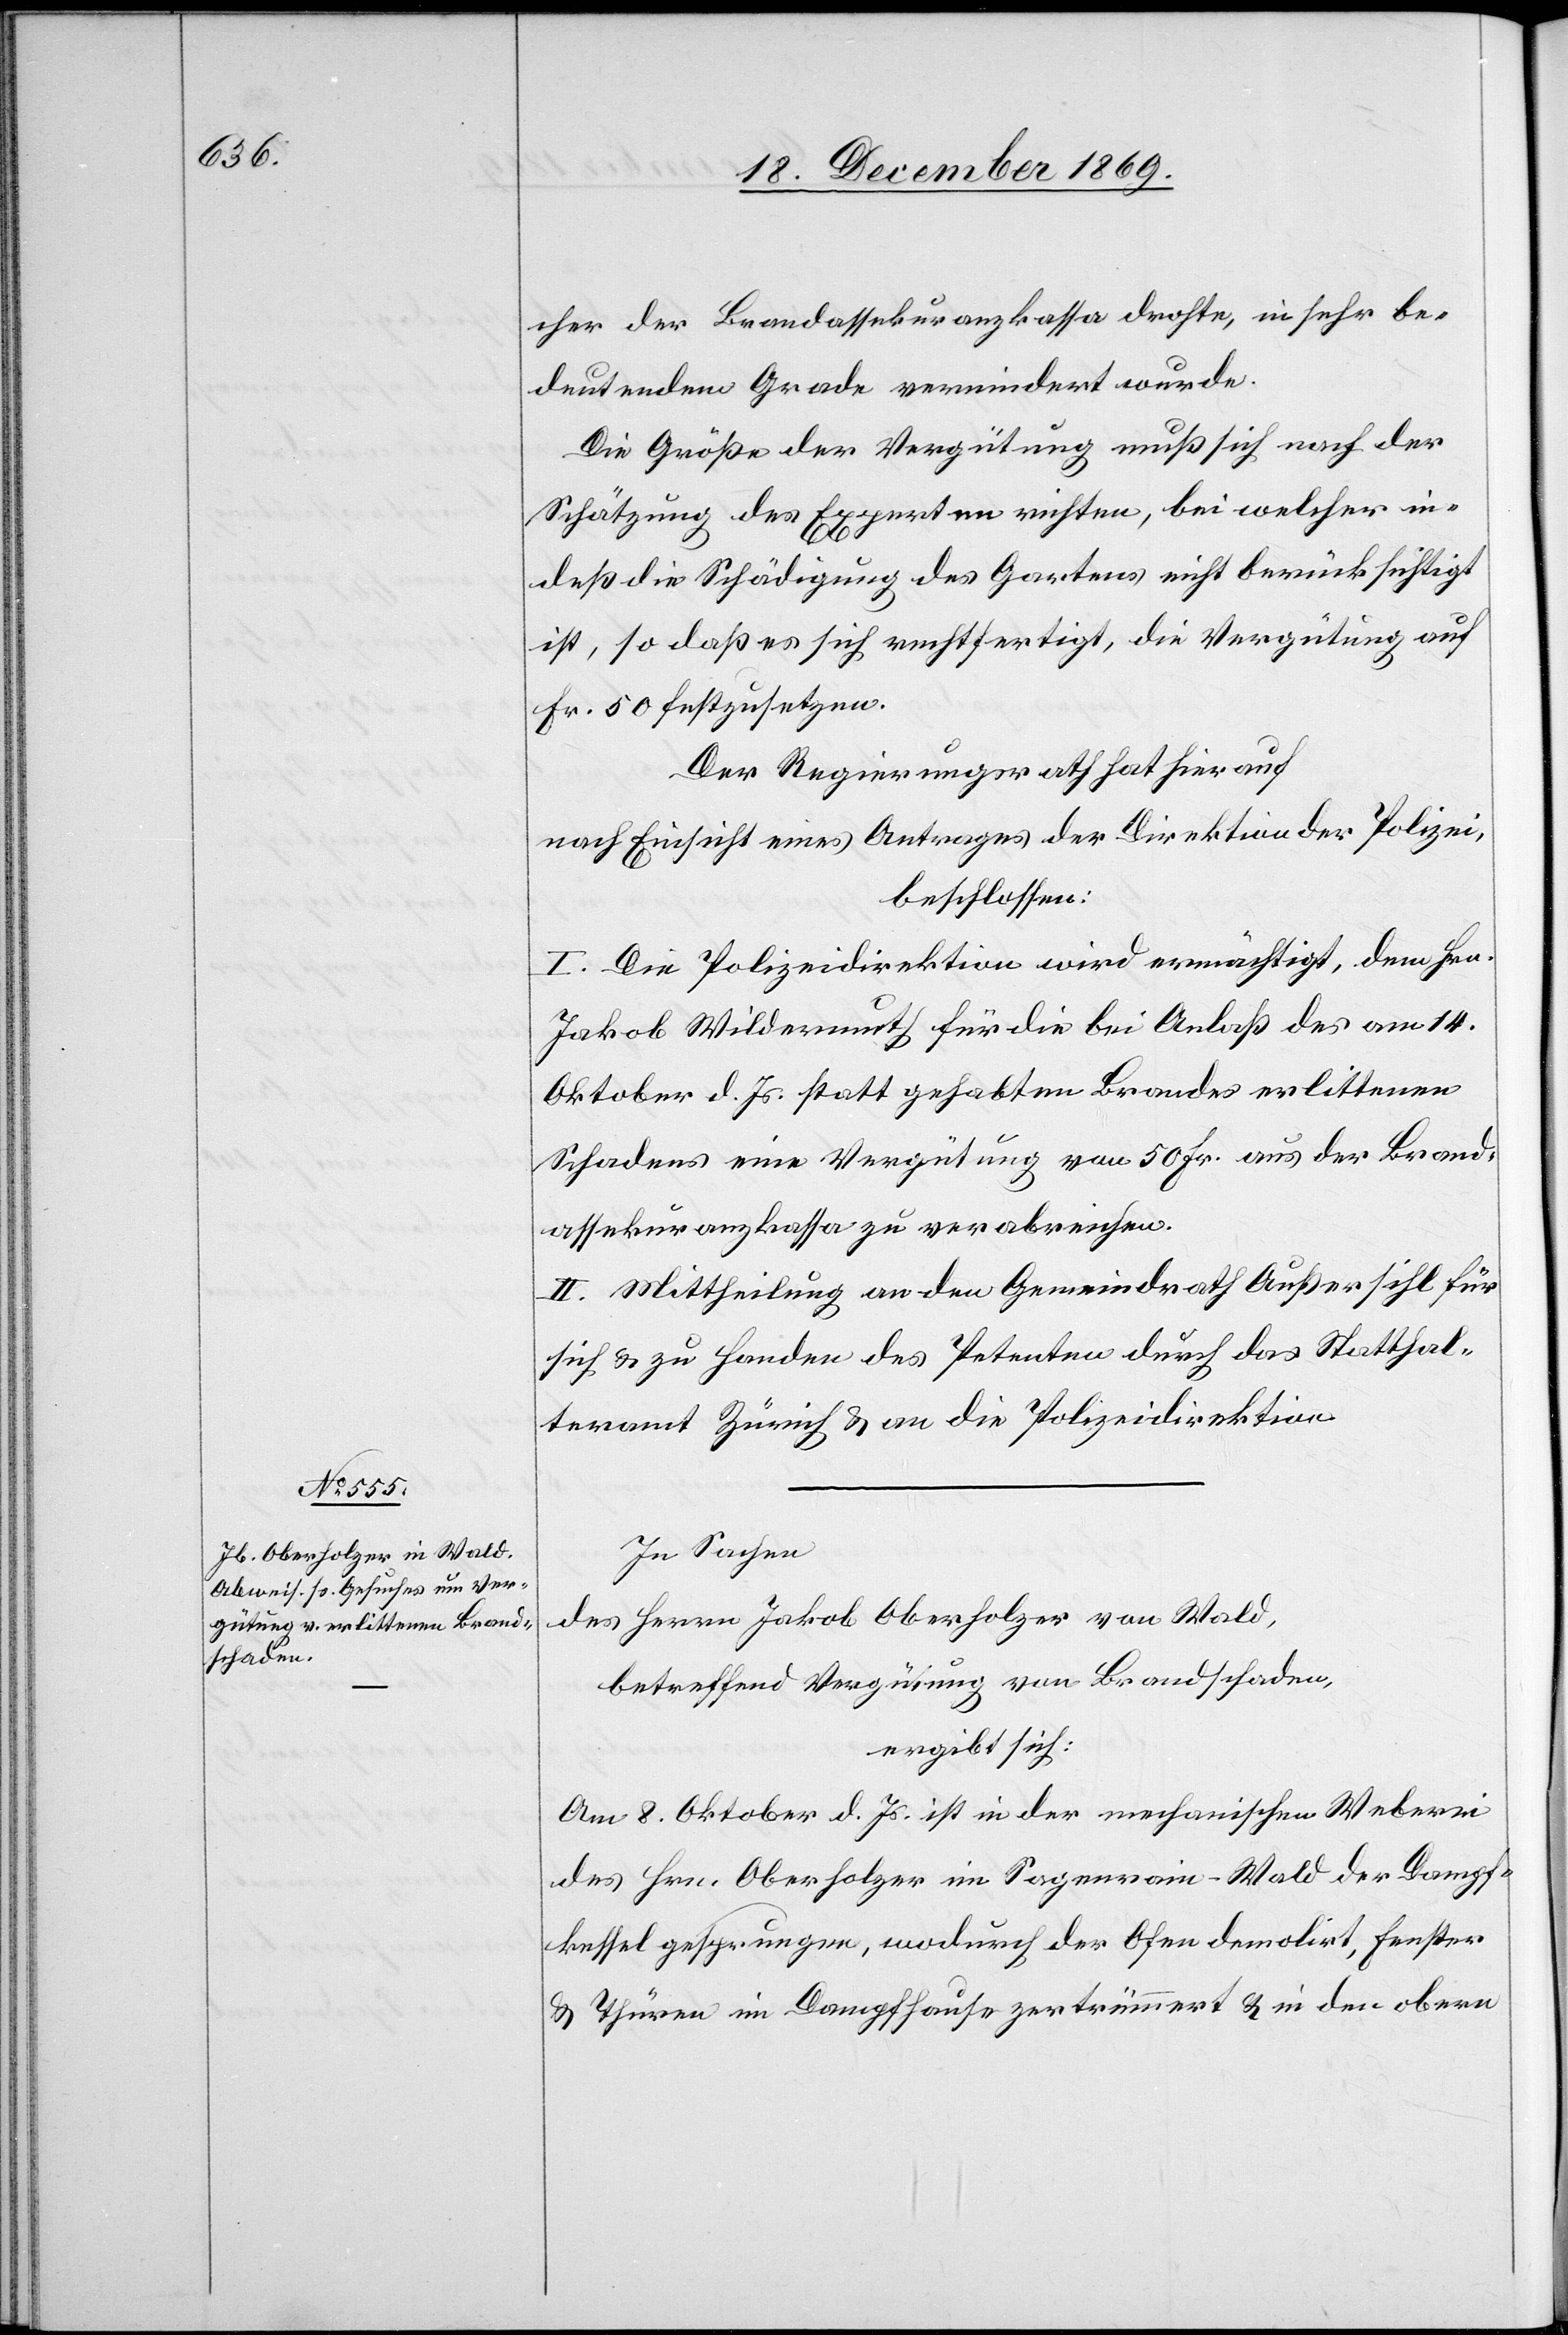
cher der Brandassekuranzkassa drohte, in sehr be¬
deutendem Grade vermindert wurde.
Die Größe der Vergütung muß sich nach der
Schätzung des Experten richten, bei welcher in¬
deß die Schädigung des Gartens nicht berücksichtigt
ist, so daß es sich rechtfertigt, die Vergütung auf
Fr. 50 festzusetzen.
Der Regierungsrath hat hierauf
nach Einsicht eines Antrages der Direktion der Polizei,
beschlossen:
I. Die Polizeidirektion wird ermächtigt, dem Hrn.
Jakob Wildermuth für die bei Anlaß des am 14.
Oktober d. Js. statt gehabten Brandes erlittenen
Schadens eine Vergütung von 50 Fr. aus der Brand¬
assekuranzkassa zu verabreichen.
II. Mittheilung an den Gemeindrath Außersihl für
sich & zu Handen des Petenten durch das Statthal¬
teramt Zürich & an die Polizeidirektion.
In Sachen
des Herrn Jakob Oberholzer von Wald,
betreffend Vergütung von Brandschaden,
ergibt sich:
Am 8. Oktober d. Js. ist in der mechanischen Weberei
des Hrn. Oberholzer im Sagenrain - Wald der Dampf¬
kessel gesprungen, wodurch der Ofen demolirt, Fenster
& Thüren im Dampfhause zertrümmert & in den obern